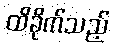
ထိခိုက်သည့်